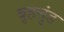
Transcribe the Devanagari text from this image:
बृहत्तुंड